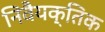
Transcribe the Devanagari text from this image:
निवैयक्तिक